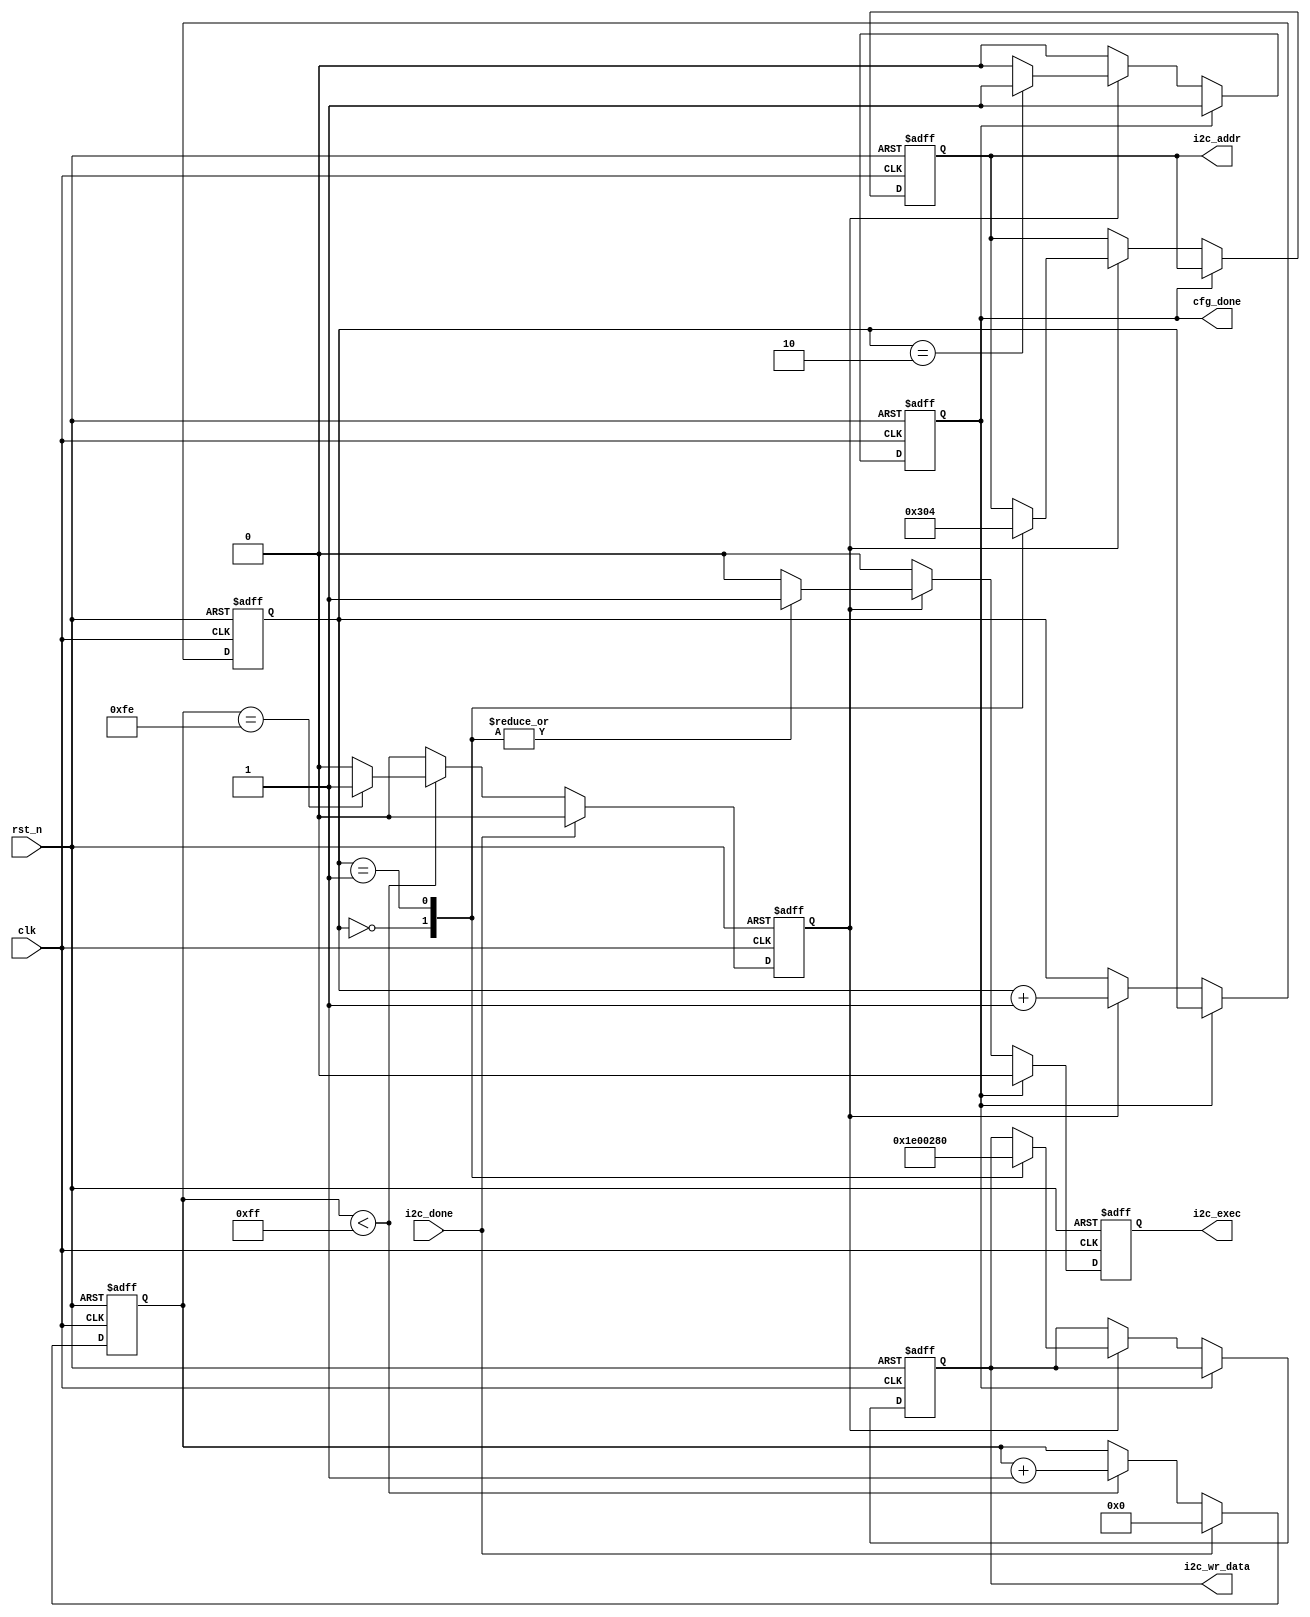
module i2c_cfg(
               input                clk         ,
               input                rst_n       ,
               input                i2c_done    ,
               output  reg          i2c_exec    ,
               output  reg   [7:0]  i2c_addr    ,
               output  reg  [15:0]  i2c_wr_data , 
               output  reg          cfg_done       
               );
//parameter define    
parameter  DELAY_MAX = 8'hff ;
parameter  ROW_NUM = 16'd480;
parameter  COL_NUM = 16'd640; 

//reg define 
reg   [7:0]  delay_cnt   ;
reg          delay_done  ;
reg   [3:0]  cfg_cnt     ;

//*****************************************************
//**                    main code
//*****************************************************   

always @(posedge clk or negedge rst_n)
  begin
  	if(rst_n==1'b0) begin
  		delay_cnt <= 1'b0 ;
  		delay_done <= 1'b0 ;
  	end
  	else begin
  		delay_done <= 1'b0 ;
  		if(i2c_done) begin
  			delay_cnt <= 1'b0 ;
  		end	
  		else if(delay_cnt<DELAY_MAX) begin
  			delay_cnt <= delay_cnt +1'b1 ;
  			if(delay_cnt==DELAY_MAX-1'b1) begin
  				delay_done <= 1'b1 ;
  			end	
  		end
  	end
  end			

always @(posedge clk or negedge rst_n)
  begin
  	if(rst_n==1'b0) begin
  		i2c_exec <= 1'b0;
  		i2c_addr <= 1'b0;
  		i2c_wr_data <= 1'b0;
  		cfg_done <= 1'b0;
  		cfg_cnt <= 1'b0;
  	end
  	else begin
  		i2c_exec <= 1'b0;
  		if(cfg_done==1'b0) begin
  			if(delay_done) begin
  				cfg_cnt <= cfg_cnt + 1'b1;
  				if(cfg_cnt=='d2) begin
  					cfg_done <= 1'b1;
  				end	
  				case(cfg_cnt)
  					4'd0 : begin
  						       i2c_exec <= 1'b1;
  						       i2c_addr <= 8'h03;//03
  						       i2c_wr_data <= ROW_NUM;
  						     end
  					4'd1 : begin
  						       i2c_exec <= 1'b1;
  						       i2c_addr <= 8'h04;
  						       i2c_wr_data <= COL_NUM;
  						     end	 						     					     						      						         
  					default : ;
  				endcase		     
  			end	
  		end	
  	end
  end			          		    	     	  	      
                             	 	 
endmodule